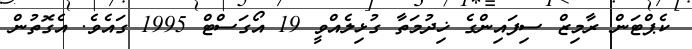
ކެޕްޓަން ރާމިޒް ސިފައިންގެ ޚިދުމަތާ ގުޅިލެއްވީ 19 އޯގަސްޓް 1995 ގައެވެ. އެގޮތުން